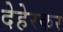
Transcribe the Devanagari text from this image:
देहेरकर